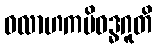
ဝလာဟကမိဝဒ္ဓဂူတိ